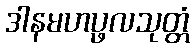
ဒါနမဟပ္ဖလသုတ္တံ